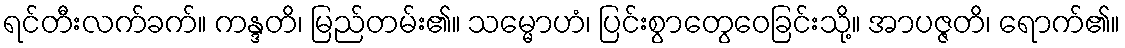
ရင်တီးလက်ခက်။ ကန္ဒတိ၊ မြည်တမ်း၏။ သမ္မောဟံ၊ ပြင်းစွာတွေဝေခြင်းသို့။ အာပဇ္ဇတိ၊ ရောက်၏။